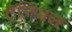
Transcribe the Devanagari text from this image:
ऍनिमल